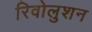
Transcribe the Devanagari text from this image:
रिवोलुशन